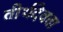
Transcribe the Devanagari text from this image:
तीर्थदेवता